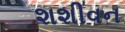
શશીવન